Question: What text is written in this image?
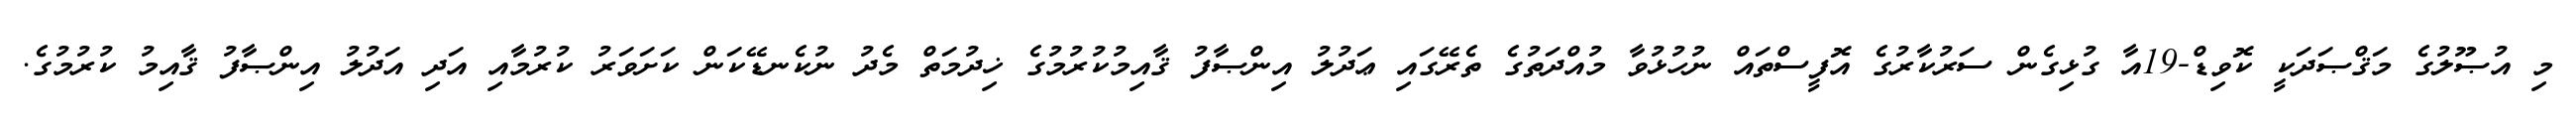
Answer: މި އުޞޫލުގެ މަޤްޞަދަކީ ކޮވިޑް-19އާ ގުޅިގެން ސަރުކާރުގެ އޮފީސްތައް ނުހުޅުވާ މުއްދަތުގެ ތެރޭގައި ޢަދުލު އިންޞާފު ޤާއިމުކުރުމުގެ ޚިދުމަތް މެދު ނުކެނޑޭކަން ކަށަވަރު ކުރުމާއި އަދި އަދުލު އިންޞާފު ޤާއިމު ކުރުމުގެ.